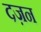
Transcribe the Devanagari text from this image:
दज़न